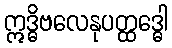
ဣဒ္ဓိဗလေနုပတ္ထဒ္ဓေါ